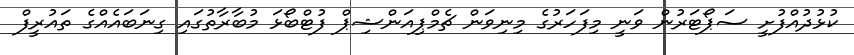
ކުޅުދުއްފުށީ ސަޕޯޓަރުން ވަނީ މިފަހަރުގެ މިނިވަން ޗެމްޕިއަންޝިޕް ފުޓްބޯޅަ މުބާރާތުގައި ގިނަބައެއްގެ ތައުރީފް